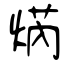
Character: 焫